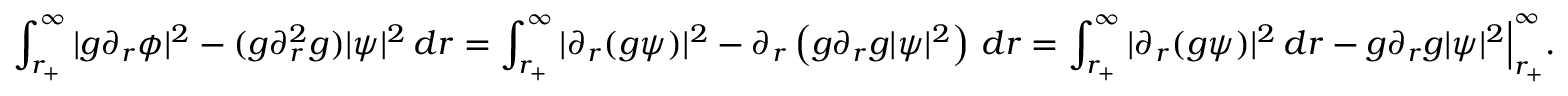
\int _ { r _ { + } } ^ { \infty } | g \partial _ { r } \phi | ^ { 2 } - ( g \partial _ { r } ^ { 2 } g ) | \psi | ^ { 2 } \, d r = \int _ { r _ { + } } ^ { \infty } | \partial _ { r } ( g \psi ) | ^ { 2 } - \partial _ { r } \left( g \partial _ { r } g | \psi | ^ { 2 } \right) \, d r = \int _ { r _ { + } } ^ { \infty } | \partial _ { r } ( g \psi ) | ^ { 2 } \, d r - g \partial _ { r } g | \psi | ^ { 2 } \Big | _ { r _ { + } } ^ { \infty } .